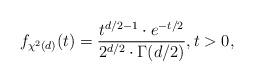
LaTeX: \begin{align*}f_{\chi^2(d)}(t) = \frac{ t^{d/2-1} \cdot e^{-t/2} }{ 2^{d/2} \cdot \Gamma(d/2) }, t > 0,\end{align*}